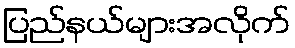
ပြည်နယ်များအလိုက်